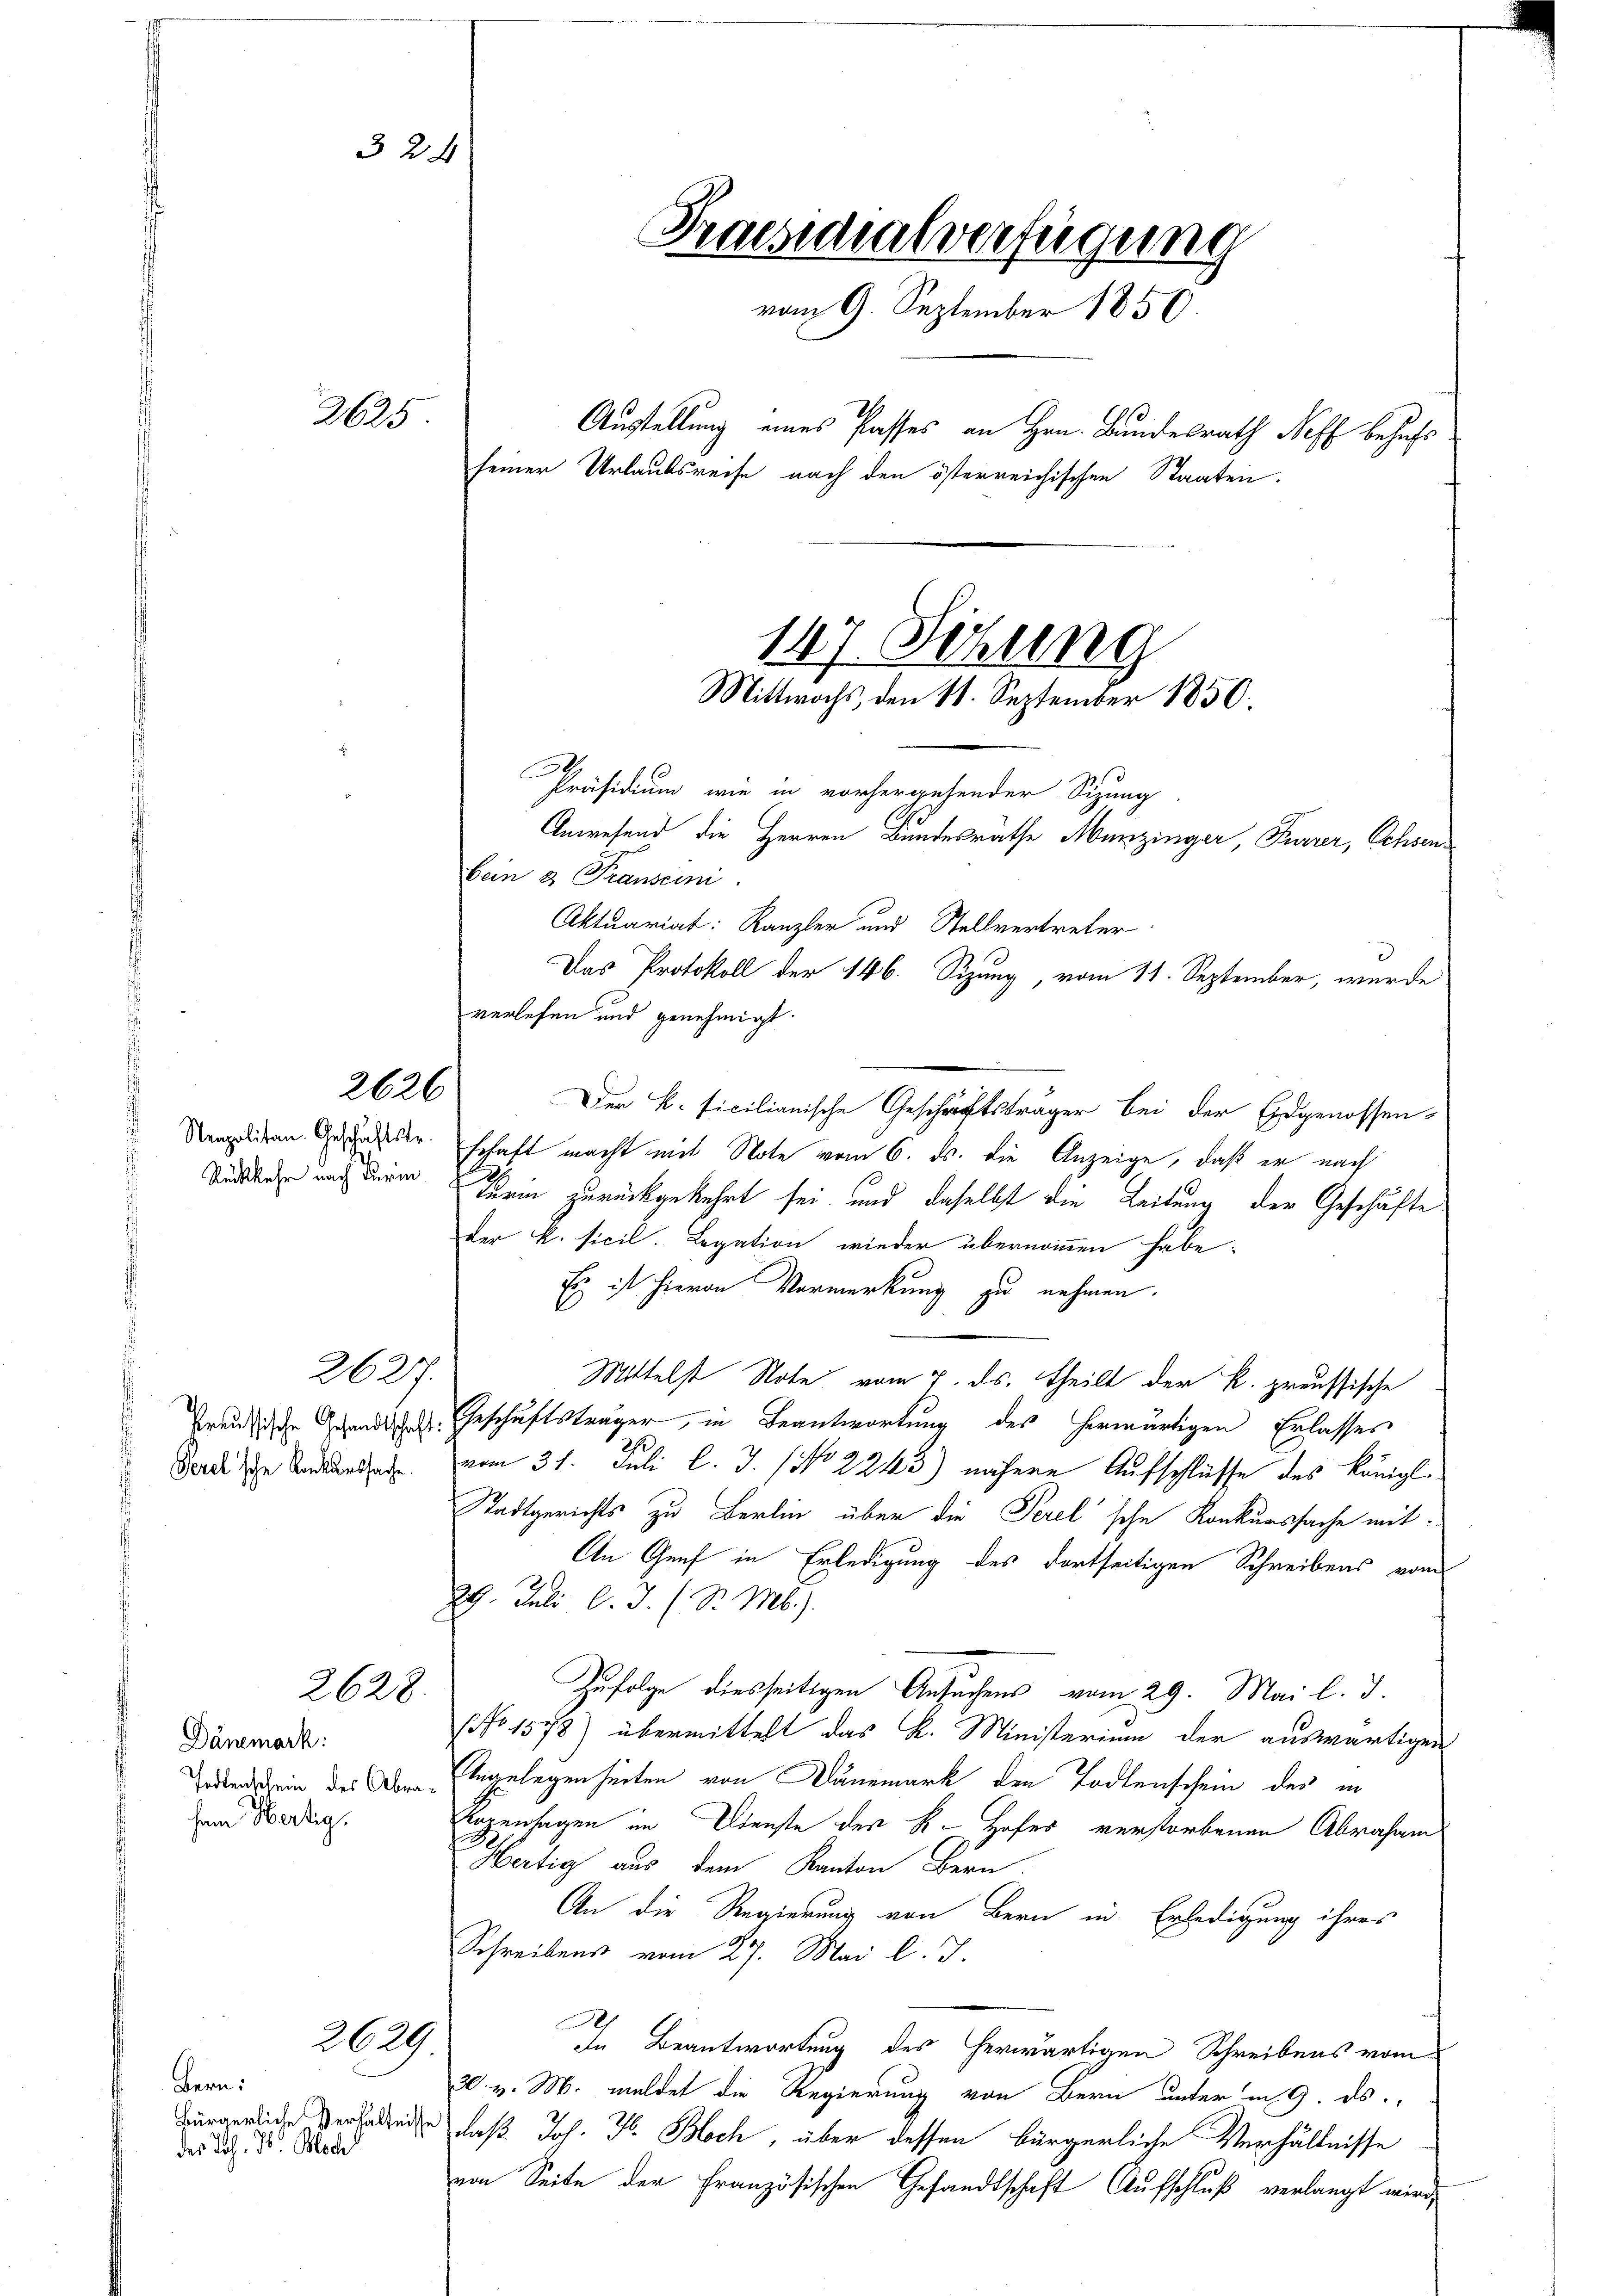
2625

Nenpolitan. Geschäftstr.
Rückkehr nach Turin

2627.
Perel sche Konkurssache.

Dänemark:
fem Hertig.

2628.

2629

Bern:
des Joh. S. Bloch

32 x

2626

Präsidialverfügung
vom 9. September 1850.
Austellung eines Passes an Hrn. Bundesrath Neff behufs
seiner Urlaubsreise nach den österreichischen Staaten.
147. Setzung
Mittwochs den 11. September 1850.
.
Präsidium wie in vorhergehender Sizung
Anwesend die Herren Bundesrathe Munzinger, Furrer, Ochsenbein 3 Franscini
Aktuariat: Kanzler und Stellvertreter
3
Das Protokoll der 146. Sizung, vom 11. September, wurde

verlesen und genehmigt.
Der k. ficilianische Geschäftsträger bei der Eidgenossen-
schaft macht mit Note vom 6. ds. die Anzeige, daß er nach
Turin zurückgekehrt sei, und daselbst die Leitung der Geschäfte
der k. sicil. Legation wieder übernommen habe.
Es ist hievon Vormerkung zu nehmen.
Mittelst Note vom 7. ds. theilt der k. preussische
Preußische Gesandtschaft. Geschäftsträger, in Beantwortung des herwärtigen Erlasses
vom 31. Juli l. J. (No 2243) nähere Aufschlüsse des Königl.
Stadtgerichts zu Berlin über die Perel'sche Konkurssache mit
An Genf in Erledigung des dortseitigen Schreibens vom
29. Juli l.J. (S. M.).
Zufolge diesseitigen Ansuchens vom 29. Mai l. J.
No 1578) übermittelt das K. Ministerium der auswärtigen
Tedenschein des Der Eingelegenheiten von Dänemark den Todtenschein des in
Logenhagen im Dienste der K. Hofes verstorbenen Abrahmen
Hertig aus dem Kanton Bern
An die Regierung von Bern in Erledigung ihres
Schreibens vom 27. Mai l. J.
In Beantwortung des herwärtigen Schreibens vom
30. v. M. meldet die Regierung von Bern unter in 9. ds.
Bürgerliche Verhalteige, daß Joh. H. Bloch, über dessen bürgerliche Verhältnisse
von Seite der Französischen Gesandtschaft Aufschluß verlangt wird,